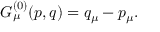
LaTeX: G _ { \mu } ^ { ( 0 ) } ( p , q ) = q _ { \mu } - p _ { \mu } .